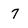
Character: 7